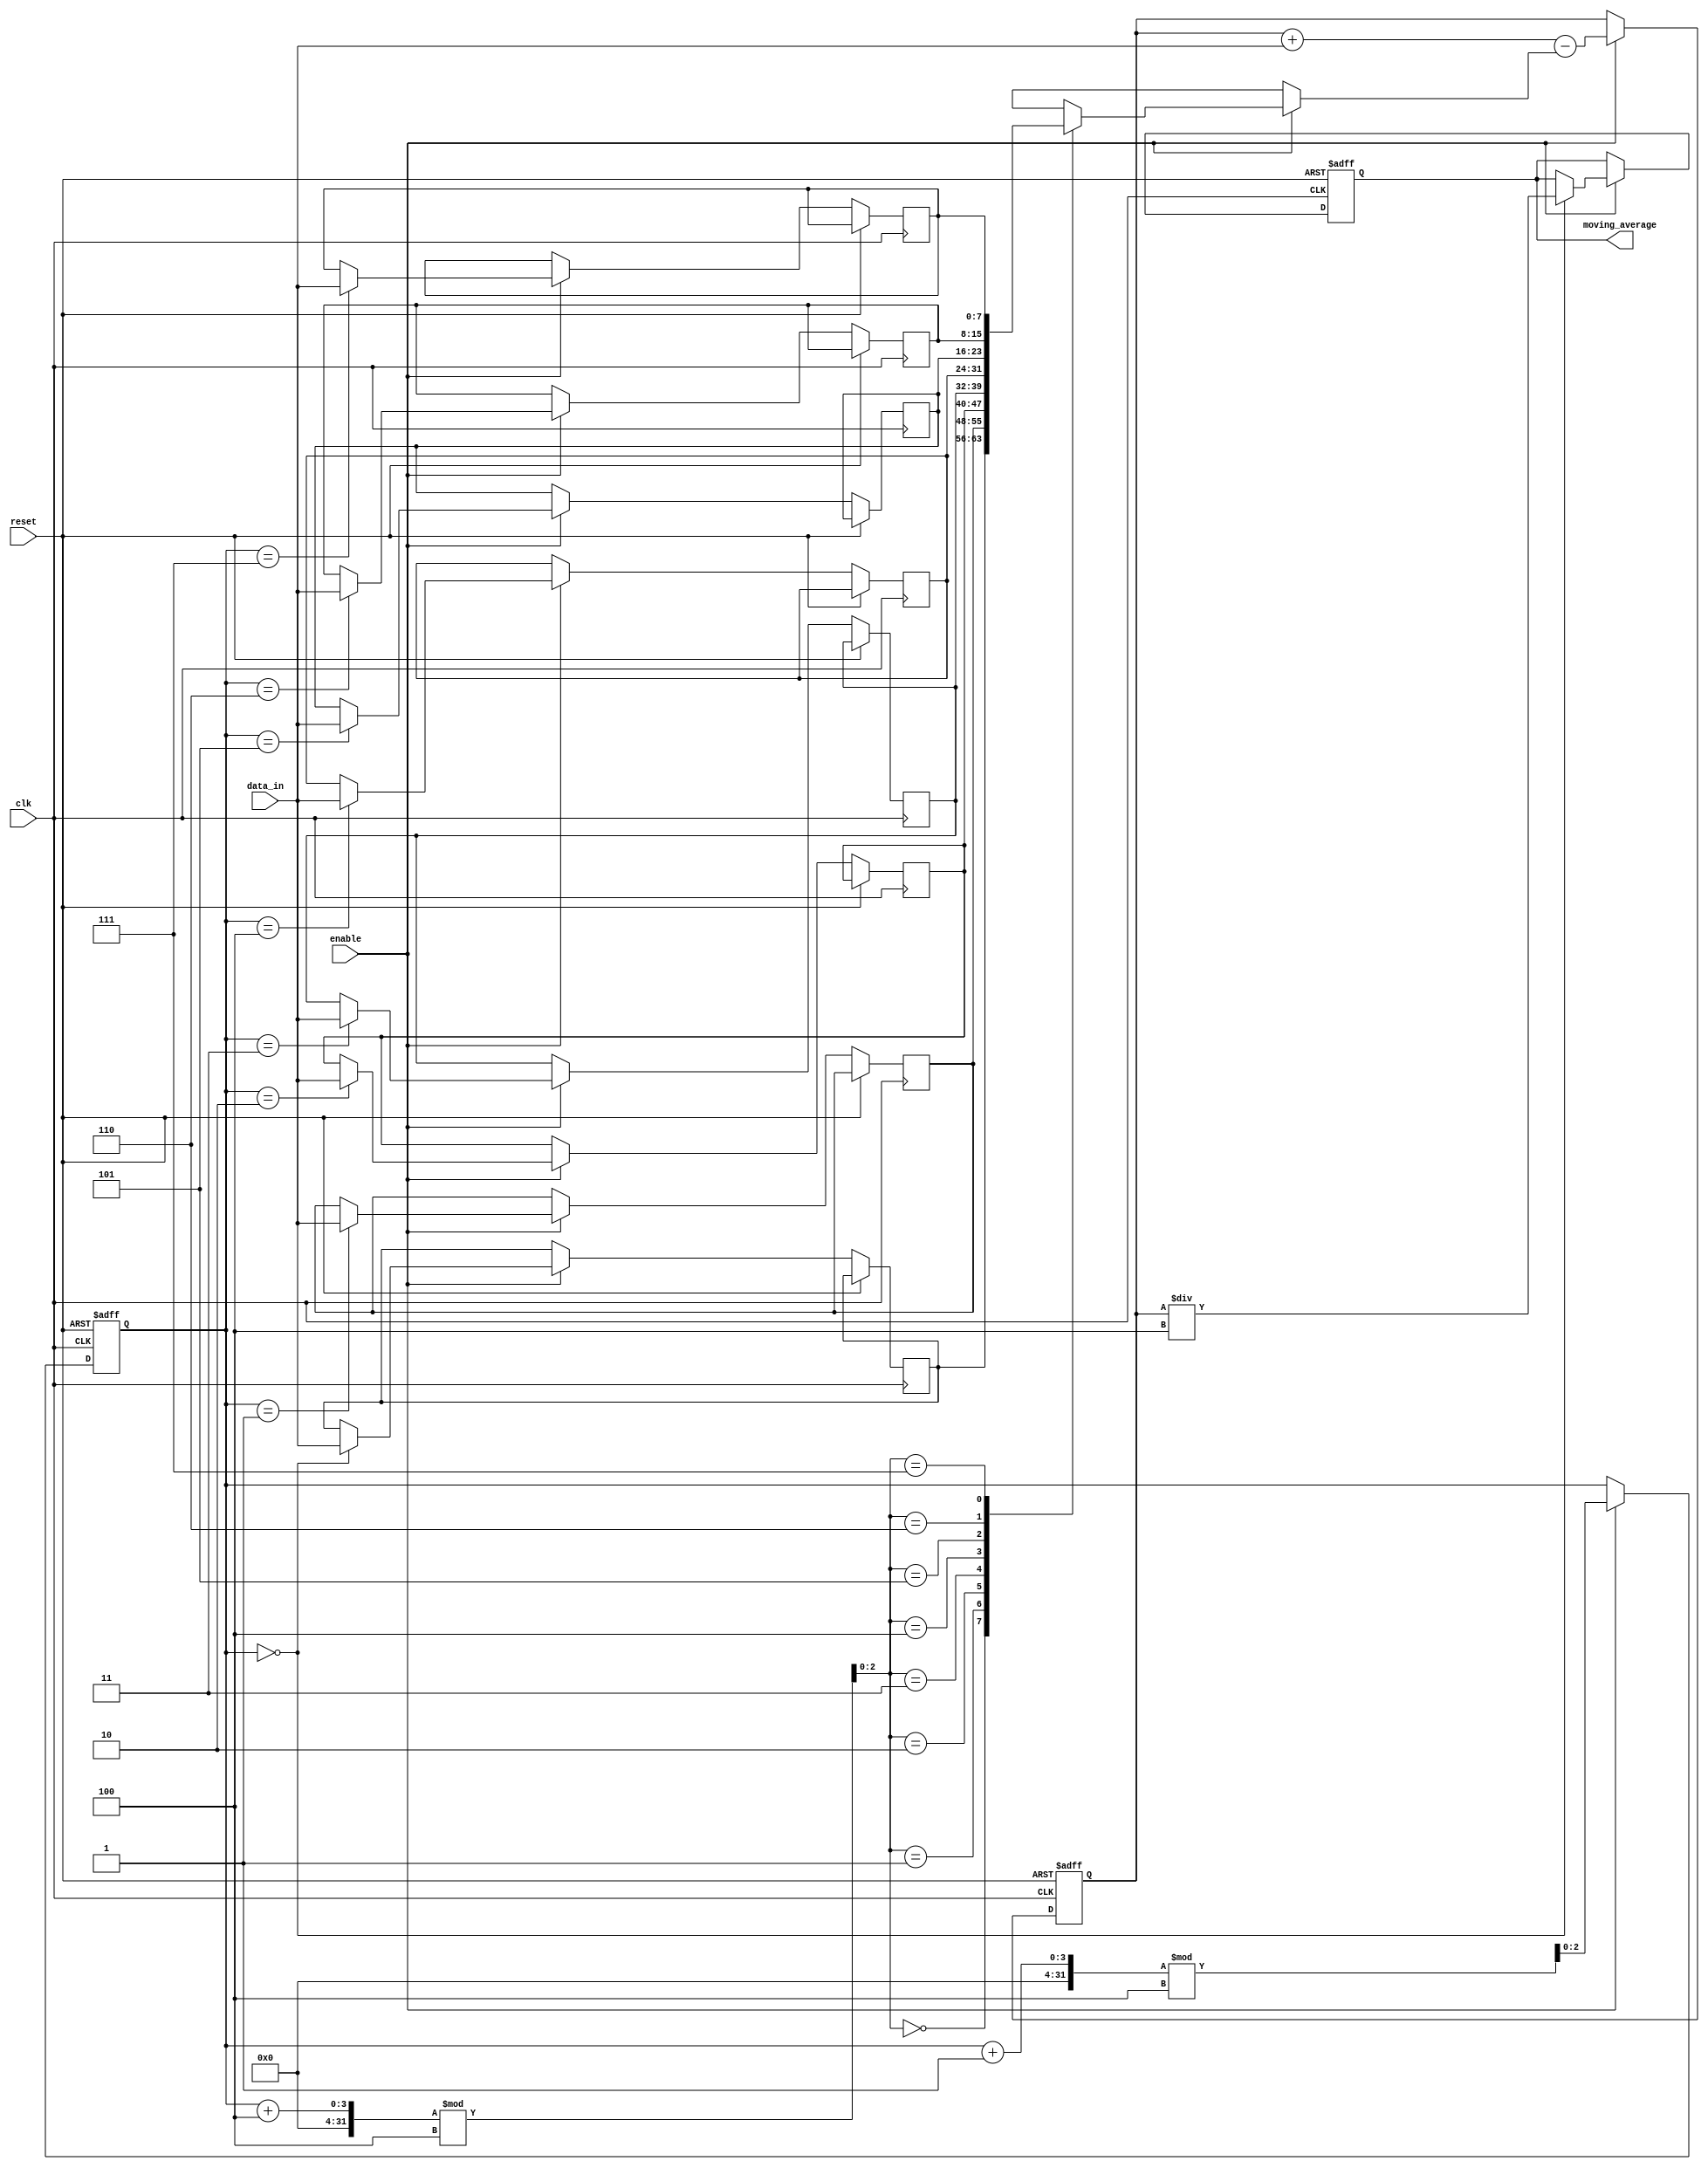
module moving_average_accumulator (
    input wire clk,
    input wire reset,
    input wire enable,
    input wire [7:0] data_in,
    output reg [15:0] moving_average
);

reg [15:0] sum;
reg [7:0] samples [7:0];
reg [3:0] window_size = 4;
reg [2:0] sample_count = 0;

always @(posedge clk or posedge reset) begin
    if (reset) begin
        sum <= 0;
        sample_count <= 0;
        moving_average <= 0;
    end else if (enable) begin
        samples[sample_count] <= data_in;
        sum <= sum + data_in - samples[(sample_count + window_size) % 4];
        sample_count <= (sample_count + 1) % 4;

        if (sample_count == 0) begin
            moving_average <= sum / window_size;
        end
    end
end

endmodule